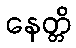
နေတ္တိ